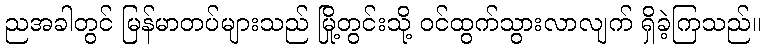
ညအခါတွင် မြန်မာတပ်များသည် မြို့တွင်းသို့ ဝင်ထွက်သွားလာလျက် ရှိခဲ့ကြသည်။